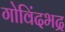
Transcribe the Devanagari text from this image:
गोविंदभद्र